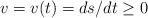
LaTeX: \begin{align*}v=v(t)=ds/dt\geq0 \end{align*}